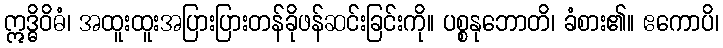
ဣဒ္ဓိဝိဓံ၊ အထူးထူးအပြားပြားတန်ခိုဖန်ဆင်းခြင်းကို။ ပစ္စနုဘောတိ၊ ခံစား၏။ ဧကောပိ၊